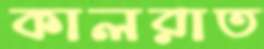
কালরাত